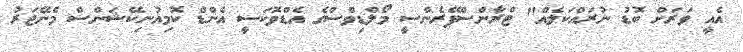
އެއީ ވަރަށް ބޮޑު ނުރައްކަލެއް" ޓްރާންސްޕޭރެންސީ މޯލްޑިވްސްގެ އެޑްވޮކަސީ އެންޑް ކޮމިއުނިކޭޝަންސް މެނޭޖަރު